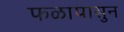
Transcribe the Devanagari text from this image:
फळापासुन